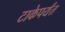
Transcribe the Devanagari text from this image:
टाकेपर्यंत